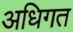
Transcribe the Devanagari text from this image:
अधिगत